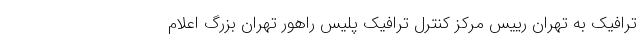
ترافیک به تهران رییس مرکز کنترل ترافیک پلیس راهور تهران بزرگ اعلام